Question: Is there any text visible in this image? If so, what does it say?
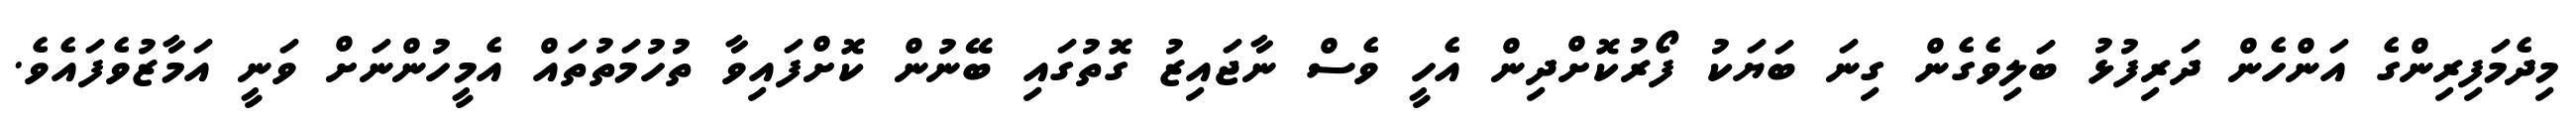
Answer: މިދެމަފިރިންގެ އަންހެން ދަރިފުޅު ބަލިވެގެން ގިނަ ބަޔަކު ފޯރުކޮށްދިން އެހީ ވެސް ނާޖައިޒު ގޮތުގައި ބޭނުން ކޮށްފައިވާ ތުހުމަތުތައް އެމީހުންނަށް ވަނީ އަމާޒުވެފައެވެ.